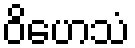
ဝိဟေသံ